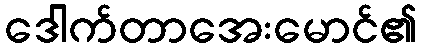
ဒေါက်တာအေးမောင်၏